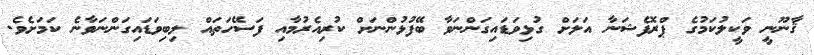
ޤާނޫނީ ވަކީލުކަމުގެ ޕްރޮފެޝަނާ އަލަށް ގުޅިވަޑައިގަންނަވާ ބޭފުޅުންނަށް ކުރިއެރުމާއި ފަސޭހަތައް ލިބިވަޑައިގަންނަވާނެ ކަމަށެވެ.